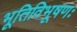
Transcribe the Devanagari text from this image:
भूतिविभूषणः